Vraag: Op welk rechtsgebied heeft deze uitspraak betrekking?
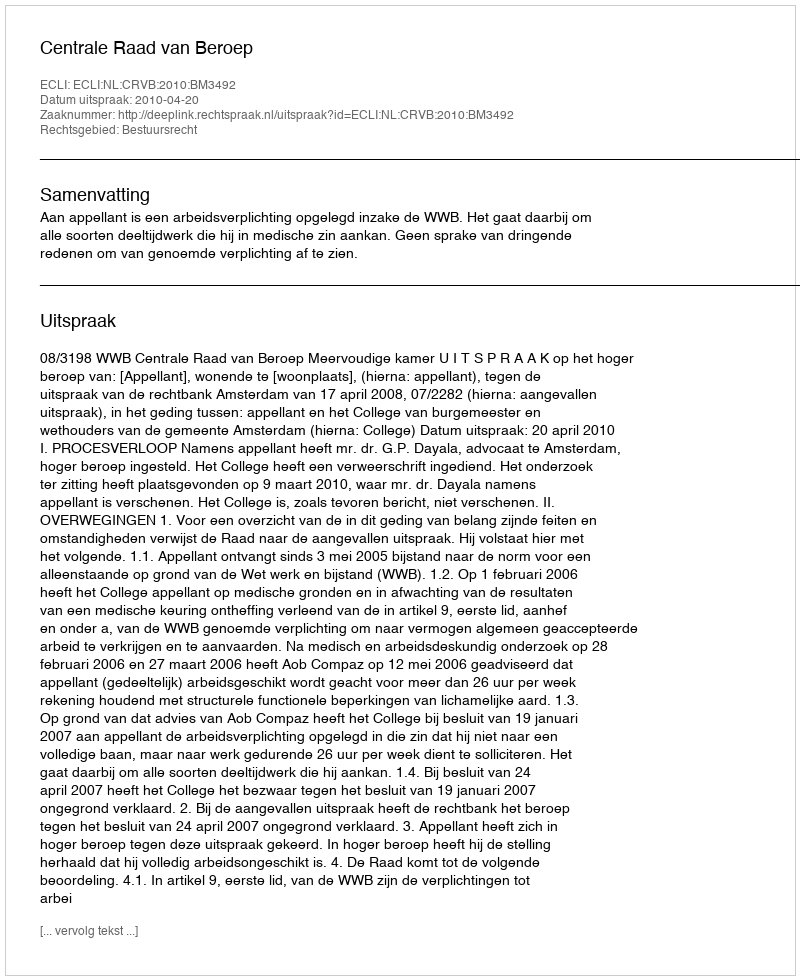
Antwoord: Bestuursrecht